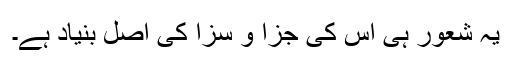
یہ شعور ہی اس کی جزا و سزا کی اصل بنیاد ہے۔